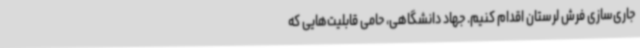
جاری‌سازی فرش لرستان اقدام کنیم. جهاد دانشگاهی، حامی قابلیت‌هایی که